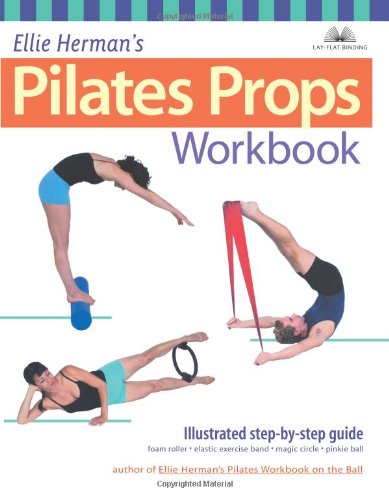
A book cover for Ellie Herman's Pilates Props Workbook: Illustrated Step-by-Step Guide; Ellie Herman; Health, Fitness & Dieting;